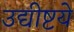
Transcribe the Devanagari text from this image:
उद्यीष्टये